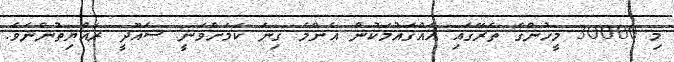
މި 30000 މީހުންގެ ތެރޭގައި އެއްގައުމަކުން އެންމެ ގިނަ ކަމަށްވަނީ ސައޫދީ ރައްޔިތުންނެވެ.